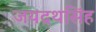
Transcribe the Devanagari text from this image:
जयद्रथसिंह